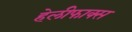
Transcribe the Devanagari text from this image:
हेलीफाक्स